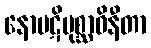
နောပဋိပုစ္ဆာဝိနီတာ